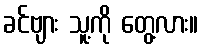
ခင်ဗျား သူ့ကို တွေ့လား။